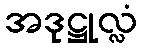
အဒုဋ္ဌုလ္လံ